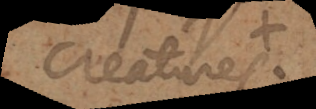
creatures.